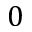
0